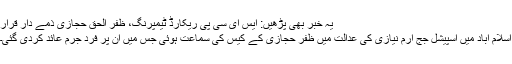
یہ خبر بھی پڑھیں: ایس ای سی پی ریکارڈ ٹیمپرنگ، ظفر الحق حجازی ذمے دار قرار
اسلام آباد میں اسپیشل جج ارم نیازی کی عدالت میں ظفر حجازی کے کیس کی سماعت ہوئی جس میں ان پر فرد جرم عائد کردی گئی۔